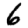
Digit: 6